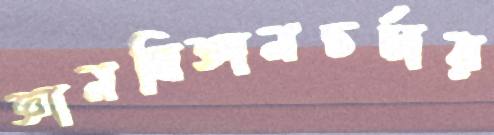
জ্ঞানবিজ্ঞানচর্চার